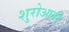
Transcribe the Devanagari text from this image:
शुरोआती